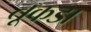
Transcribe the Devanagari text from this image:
तूकडा